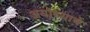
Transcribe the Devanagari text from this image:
अयोध्याचे